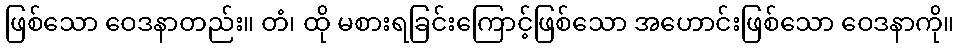
ဖြစ်သော ဝေဒနာတည်း။ တံ၊ ထို မစားရခြင်းကြောင့်ဖြစ်သော အဟောင်းဖြစ်သော ဝေဒနာကို။